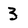
Character: 3